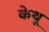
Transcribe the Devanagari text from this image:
केथू